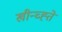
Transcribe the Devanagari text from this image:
खीन्च्ह्ते